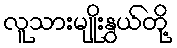
လူသားမျိုးနွယ်တို့